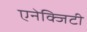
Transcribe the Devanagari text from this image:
एनेक्जिटी